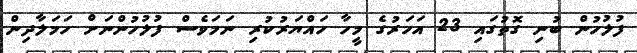
ފުލުހުން ބުނި ގޮތުގައި 23 އަހަރުގެ މީހާ ހައްޔަރުކުރި ނަމަވެސް ފުލުހުންނަށް ހަމަލާދިން